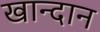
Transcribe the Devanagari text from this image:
खान्दान